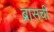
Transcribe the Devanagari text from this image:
ब्रासची